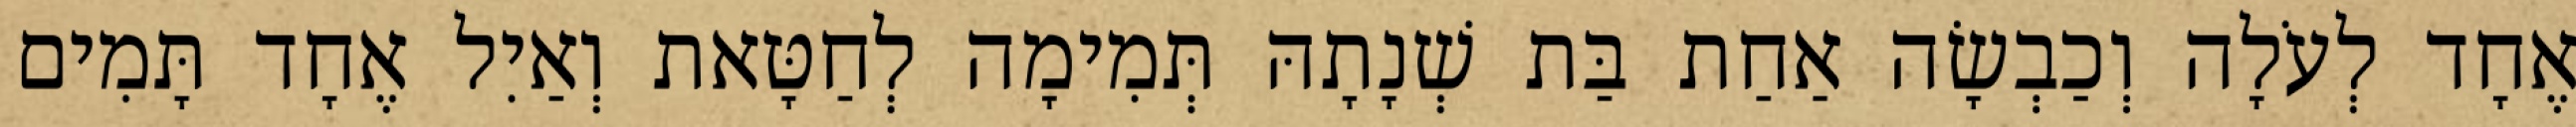
אֶחָד לְעֹלָה וְכַבְשָׂה אַחַת בַּת שְׁנָתָהּ תְּמִימָה לְחַטָּאת וְאַיִל אֶחָד תָּמִים